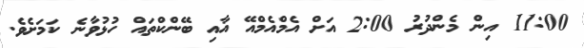
11:00 އިން މެންދުރު 2:00 އަށް އެެމްއެމްއޭ އާއި ބޭންކްތައް ހުޅުވާނެ ކަމަށެވެ.